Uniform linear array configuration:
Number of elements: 4
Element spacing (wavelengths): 0.5
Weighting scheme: exponential
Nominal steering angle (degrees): -15
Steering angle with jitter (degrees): -16.825
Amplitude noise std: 0.05
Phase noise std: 0.05

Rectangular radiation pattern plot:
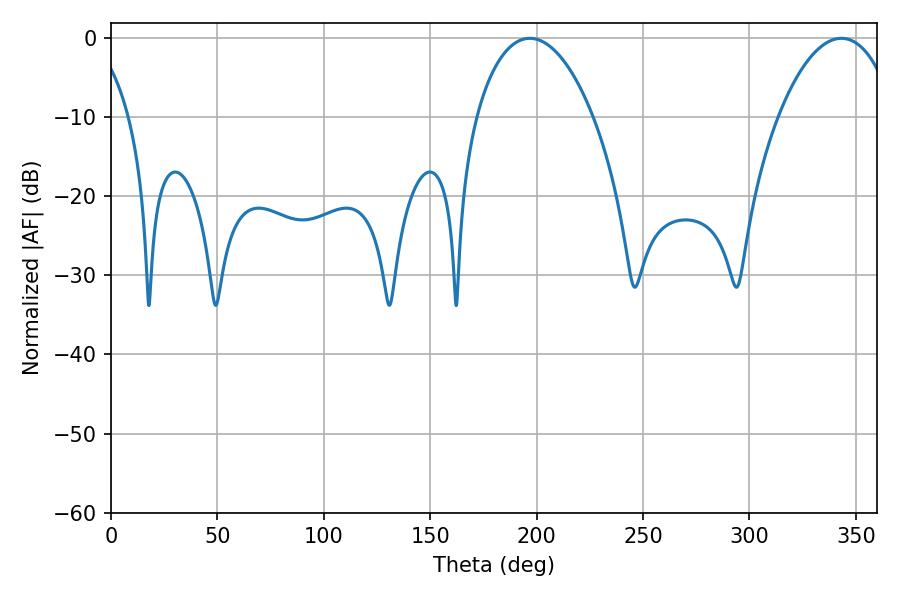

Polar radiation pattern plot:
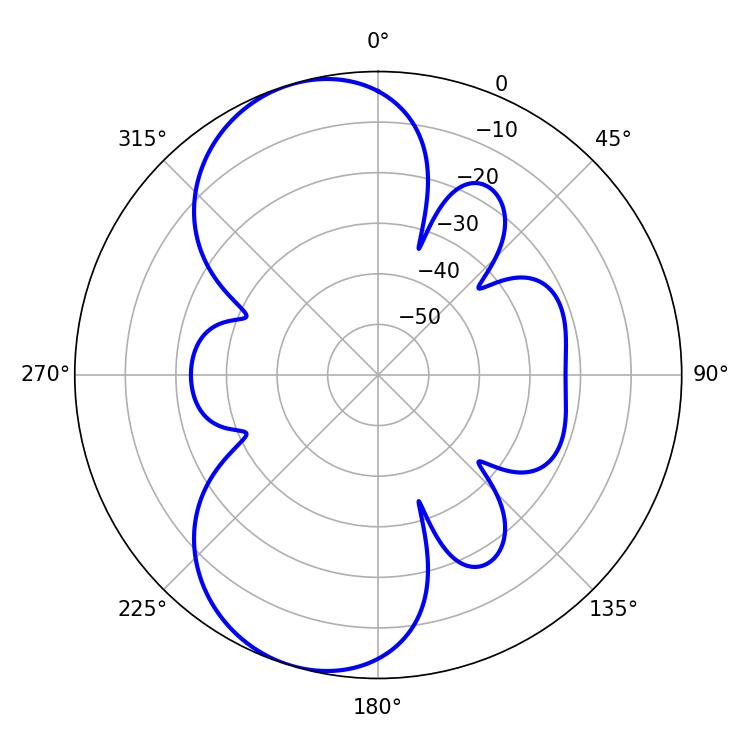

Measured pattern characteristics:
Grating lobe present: FALSE
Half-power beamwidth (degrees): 31.14
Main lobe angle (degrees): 196.74